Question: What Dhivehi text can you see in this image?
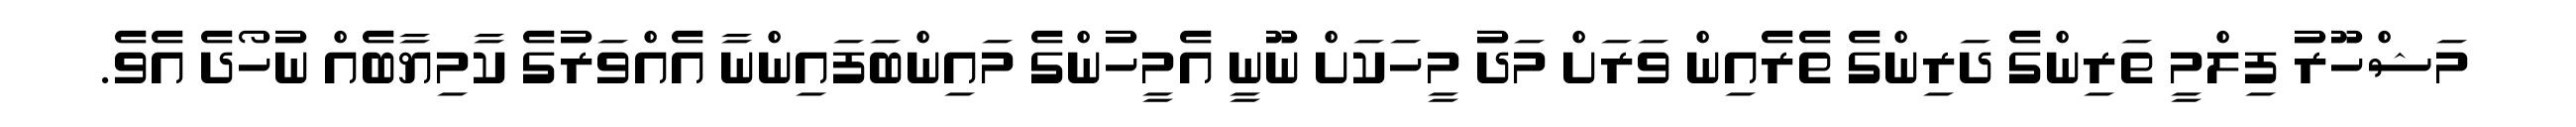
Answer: މަޝްހޫރު ފިލްމީ ތަރިންގެ ދަރިންގެ ތެރެއިން ވަރަށް މަދު މީހަކަށް ނޫނީ އެމީހުންގެ މައިންބަފައިންނާ އެއްވަރުގެ ކާމިޔާބެއް ނުހޯދެ އެވެ.